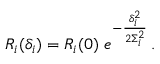
R _ { i } ( \delta _ { i } ) = R _ { i } ( 0 ) ~ e ^ { - \frac { \delta _ { i } ^ { 2 } } { 2 \Sigma _ { i } ^ { 2 } } } \, .